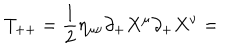
T _ { + + } = \frac { 1 } { 2 } \eta _ { \mu \nu } \partial _ { + } X ^ { \mu } \partial _ { + } X ^ { \nu } =